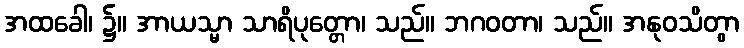
အထခေါ၊ ၌။ အာယသ္မာ သာရိပုတ္တော၊ သည်။ ဘဂဝတာ၊ သည်။ အနုဝသိတွာ